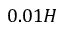
0 . 0 1 H